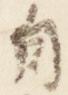
自